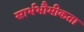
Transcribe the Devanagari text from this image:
सार्भभौमीकता